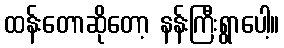
ထန်းတောဆိုတော့ နန်းကြီးရွာပေါ့။